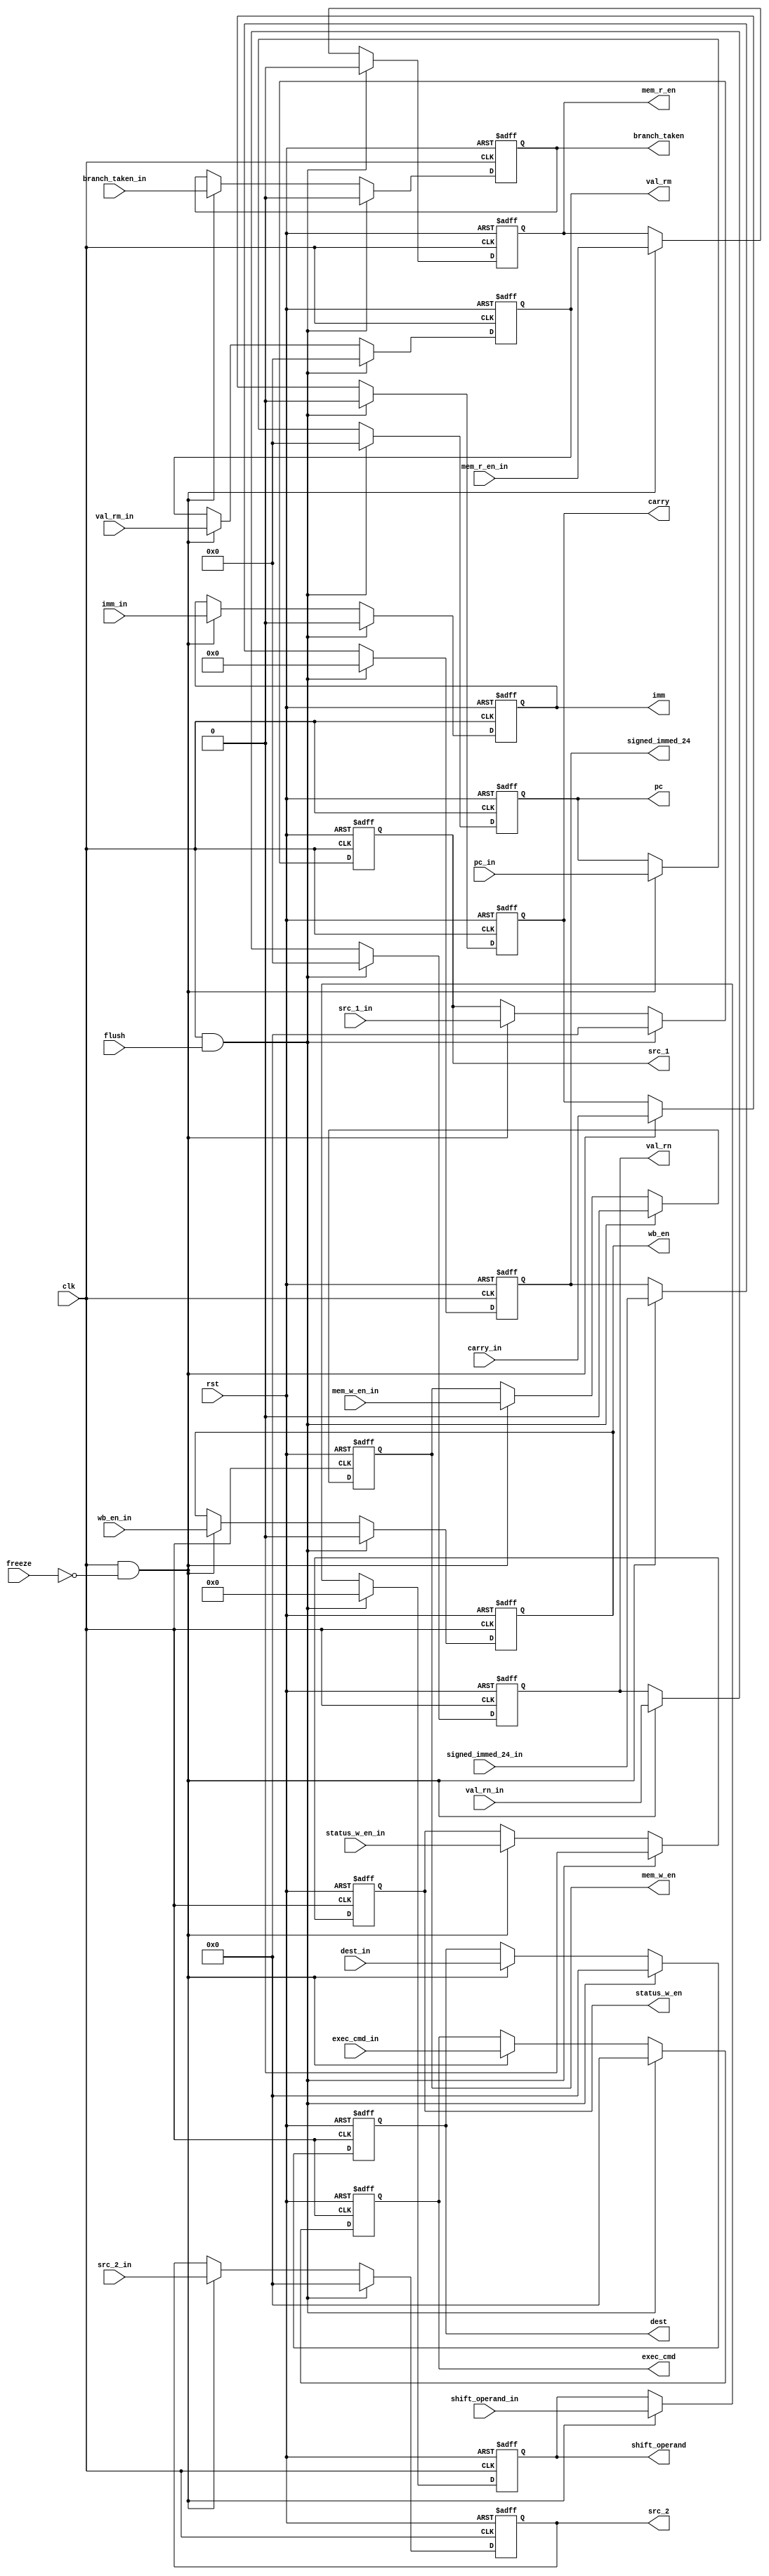
module ID_Stage_Reg (
    input clk, rst, flush, freeze,
    input [31:0] pc_in, 
    input mem_r_en_in, mem_w_en_in, wb_en_in, status_w_en_in, branch_taken_in, imm_in,
    input [3:0] exec_cmd_in,
    input [31:0] val_rm_in, val_rn_in,
    input [23:0] signed_immed_24_in,
    input [3:0] dest_in,
    input [11:0] shift_operand_in,
    input carry_in,
    input [3:0] src_1_in, src_2_in,

    output reg [31:0] pc,
    output reg mem_r_en, mem_w_en, wb_en, status_w_en, branch_taken, imm,
    output reg [3:0] exec_cmd,
    output reg [31:0] val_rm, val_rn,
    output reg [23:0] signed_immed_24,
    output reg [3:0] dest,
    output reg [11:0] shift_operand,
    output reg carry,
    output reg [3:0] src_1, src_2
);
    always @(posedge clk, posedge rst) begin
        if (rst) 
        begin
            pc <= 32'b0;
            mem_r_en <= 1'b0;
            mem_w_en <= 1'b0;
            wb_en <= 1'b0;
            status_w_en <= 1'b0;
            branch_taken <= 1'b0;
            imm <= 1'b0;
            exec_cmd <= 4'b0;
            val_rm <= 32'b0;
            val_rn <= 32'b0;
            signed_immed_24 <= 24'b0;
            dest <= 4'b0; 
            shift_operand <= 12'b0;
            carry <= 1'b0;
            src_1 <= 4'b0;
            src_2 <= 4'b0;
        end
        else if (clk && flush)
        begin
            pc <= 32'b0;
            mem_r_en <= 1'b0;
            mem_w_en <= 1'b0;
            wb_en <= 1'b0;
            status_w_en <= 1'b0;
            branch_taken <= 1'b0;
            imm <= 1'b0;
            exec_cmd <= 4'b0;
            val_rm <= 32'b0;
            val_rn <= 32'b0;
            signed_immed_24 <= 24'b0;
            dest <= 4'b0; 
            shift_operand <= 12'b0;
            carry <= 1'b0;
            src_1 <= 4'b0;
            src_2 <= 4'b0;
        end
        else if (clk && ~freeze)
        begin
            pc <= pc_in;
            mem_r_en <= mem_r_en_in;
            mem_w_en <= mem_w_en_in;
            wb_en <= wb_en_in;
            status_w_en <= status_w_en_in;
            branch_taken <= branch_taken_in;
            imm <= imm_in;
            exec_cmd <= exec_cmd_in;
            val_rm <= val_rm_in;
            val_rn <= val_rn_in;
            signed_immed_24 <= signed_immed_24_in;
            dest <= dest_in; 
            shift_operand <= shift_operand_in;
            carry <= carry_in;
            src_1 <= src_1_in;
            src_2 <= src_2_in;
        end 
        else
        begin
            pc <= pc;
            mem_r_en <= mem_r_en;
            mem_w_en <= mem_w_en;
            wb_en <= wb_en;
            status_w_en <= status_w_en;
            branch_taken <= branch_taken;
            imm <= imm;
            exec_cmd <= exec_cmd;
            val_rm <= val_rm;
            val_rn <= val_rn;
            signed_immed_24 <= signed_immed_24;
            dest <= dest;
            shift_operand <= shift_operand;
            carry <= carry;
            src_1 <= src_1;
            src_2 <= src_2;
        end
    end
endmodule